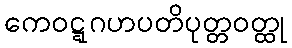
ကေဝဋ္ဋဂဟပတိပုတ္တဝတ္ထု